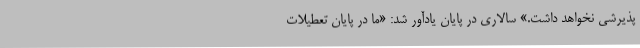
پذیرشی نخواهد داشت.» سالاری در پایان یادآور شد: «ما در پایان تعطیلات